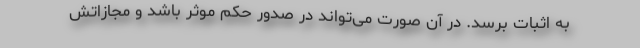
به اثبات برسد. در آن صورت می‌‌تواند در صدور حکم موثر باشد و مجازاتش